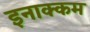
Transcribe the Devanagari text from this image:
इनाक्कम